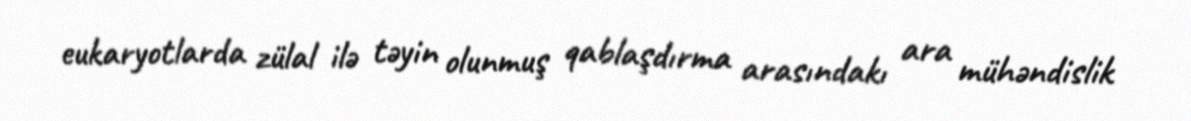
eukaryotlarda zülal ilə təyin olunmuş qablaşdırma arasındakı ara mühəndislik